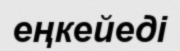
еңкейеді